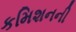
કમિશનની